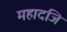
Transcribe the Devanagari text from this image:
महादजि